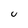
Character: U